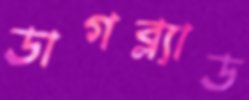
ডাগব্ল্যাড